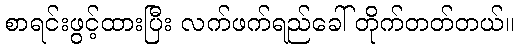
စာရင်းဖွင့်ထားပြီး လက်ဖက်ရည်ခေါ် တိုက်တတ်တယ်။